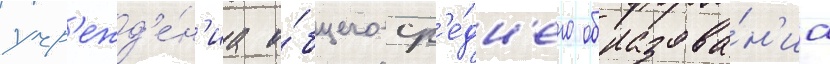
учр'ежд'е́н'иа о́бщего ср'е́дн'его образова́н'иа